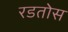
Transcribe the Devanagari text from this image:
रडतोस